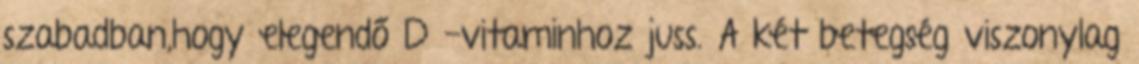
szabadban,hogy elegendő D -vitaminhoz juss. A két betegség viszonylag